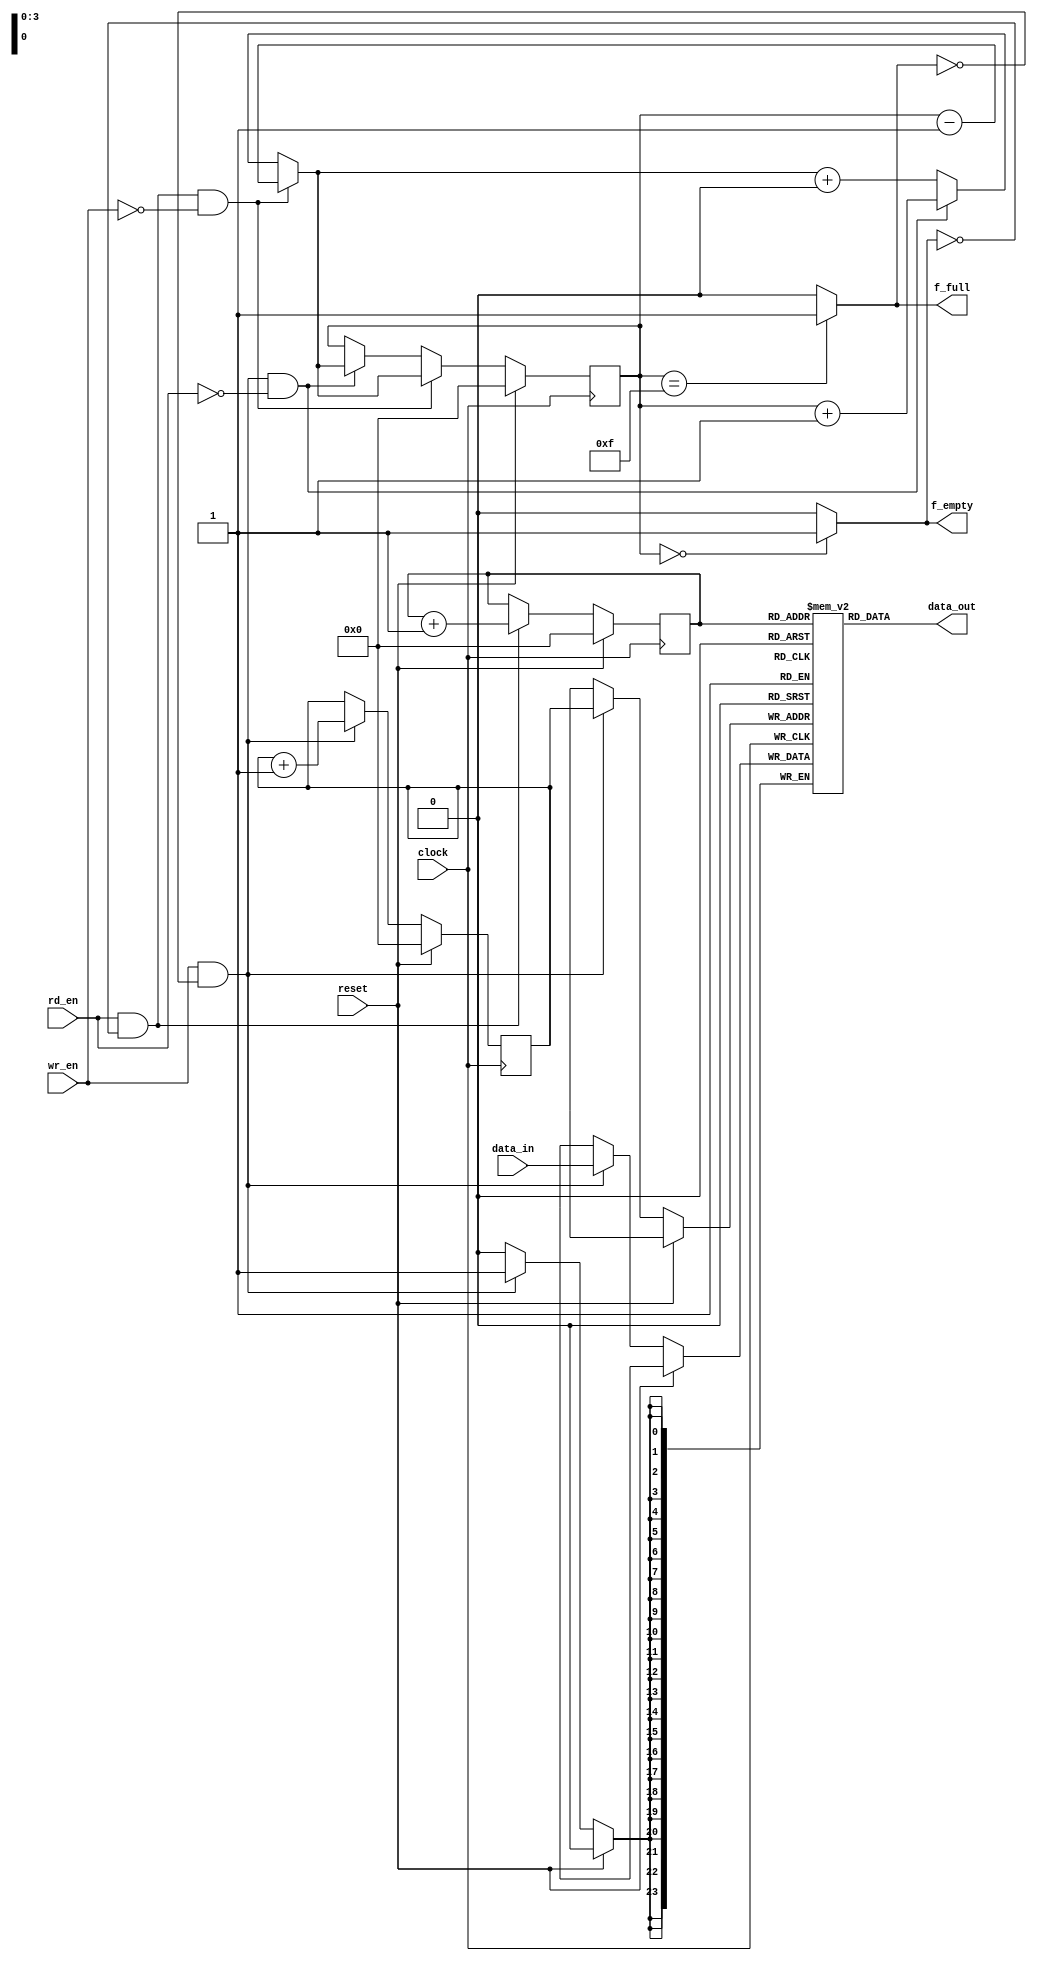
//////////////////////////////////////////////////////////////////
////
////
//// 	FIFO BLOCK to I2C Core
////
////
////
//// This file is part of the APB to I2C project
////
//// http://www.opencores.org/cores/apbi2c/
////
////
////
//// Description
////
//// Implementation of APB IP core according to
////
//// apbi2c_spec IP core specification document.
////
////
////
//// To Do: This block inst functional yet when you try only write half registers and it didnt go correctly FULL and EMPTY
////
////
////
////
////
//// Author(s): - Felipe Fernandes Da Costa, fefe2560@gmail.com
////
///////////////////////////////////////////////////////////////// 
////
////
//// Copyright (C) 2009 Authors and OPENCORES.ORG
////
////
////
//// This source file may be used and distributed without
////
//// restriction provided that this copyright statement is not
////
//// removed from the file and that any derivative work contains
//// the original copyright notice and the associated disclaimer.
////
////
//// This source file is free software; you can redistribute it
////
//// and/or modify it under the terms of the GNU Lesser General
////
//// Public License as published by the Free Software Foundation;
//// either version 2.1 of the License, or (at your option) any
////
//// later version.
////
////
////
//// This source is distributed in the hope that it will be
////
//// useful, but WITHOUT ANY WARRANTY; without even the implied
////
//// warranty of MERCHANTABILITY or FITNESS FOR A PARTICULAR
////
//// PURPOSE. See the GNU Lesser General Public License for more
//// details.
////
////
////
//// You should have received a copy of the GNU Lesser General
////
//// Public License along with this source; if not, download it
////
//// from http://www.opencores.org/lgpl.shtml
////
////
///////////////////////////////////////////////////////////////////
`timescale 1ns/1ps
module i2c_fifo
#(
	parameter integer DWIDTH = 24,
	parameter integer AWIDTH = 4
)

(
	input clock, reset, wr_en, rd_en,
	input [DWIDTH-1:0] data_in,
	output f_full, f_empty,
	output [DWIDTH-1:0] data_out
);


	reg [DWIDTH-1:0] mem [0:2**AWIDTH-1];
	//parameter integer DEPTH = 1 << AWIDTH;
	//wire [DWIDTH-1:0] data_ram_out;
	//wire wr_en_ram; 
	//wire rd_en_ram;	

	reg [AWIDTH-1:0] wr_ptr;
	reg [AWIDTH-1:0] rd_ptr;
	reg [AWIDTH-1:0] counter;

	wire [AWIDTH-1:0] wr;
	wire [AWIDTH-1:0] rd;
	wire [AWIDTH-1:0] w_counter;
//Write pointer
	always@(posedge clock)
	begin
		if (reset)
		begin
			wr_ptr <= {(AWIDTH){1'b0}};
		end
		else if (wr_en && !f_full)
		begin
			mem[wr_ptr]<=data_in;
			wr_ptr <= wr;
		end
	end

//Read pointer
	always@(posedge clock)
	begin
		if (reset)
		begin
			rd_ptr <= {(AWIDTH){1'b0}};
		end
		else if (rd_en && !f_empty)
		begin
			rd_ptr <= rd;
		end
	end

//Counter
	always@(posedge clock)
	begin
		if (reset)
		begin
			counter <= {(AWIDTH){1'b0}};
		end
		else
		begin
			if (rd_en && !f_empty && !wr_en)
			begin
				counter <= w_counter;	
			end
			else if (wr_en && !f_full && !rd_en) 
			begin
				counter <= w_counter;
			end
		end
	end

	assign f_full = (counter == 4'd15)?1'b1:1'b0;//DEPTH- 1) ; 
	assign f_empty = (counter == 4'd0)?1'b1:1'b0;//{AWIDTH{1'b0}});
	assign wr = (wr_en && !f_full)?wr_ptr + 4'd1:wr_ptr + 4'd0;
	assign rd = (rd_en && !f_empty)?rd_ptr+ 4'd1:rd_ptr+ 4'd0;
	assign w_counter = (rd_en && !f_empty && !wr_en)? counter - 4'd1:
			   (wr_en && !f_full && !rd_en)? counter + 4'd1:
			    w_counter + 4'd0;
	//assign wr_en_ram = wr_en;
	//assign rd_en_ram = rd_en;
	assign data_out = mem[rd_ptr];//data_ram_out;

endmodule